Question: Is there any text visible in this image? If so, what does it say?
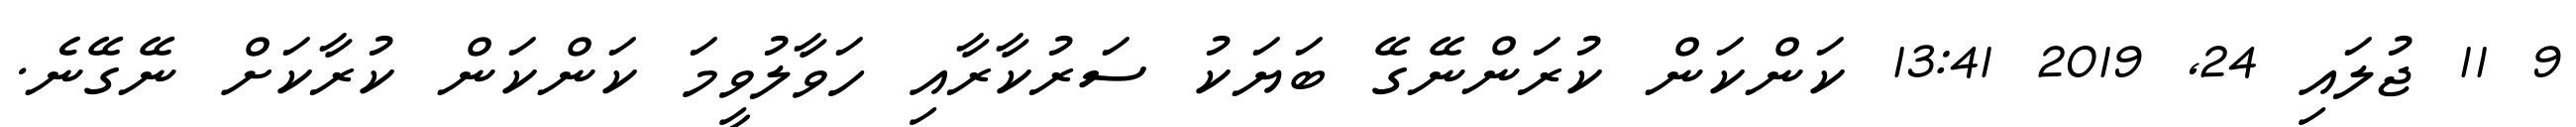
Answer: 9 11 ޖުލައި 24, 2019 13:41 ކަންކަން ކުރަންނޭގޭ ބަޔަކު ސަރުކާރާއި ހަވާލުވީމަ ކަންކަން ކުރާކަށް ނޭގޭނެ.